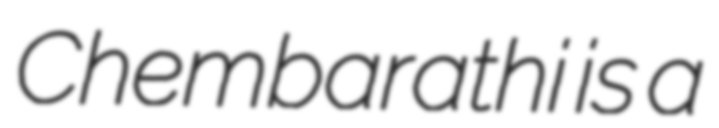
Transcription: Chembarathi is a